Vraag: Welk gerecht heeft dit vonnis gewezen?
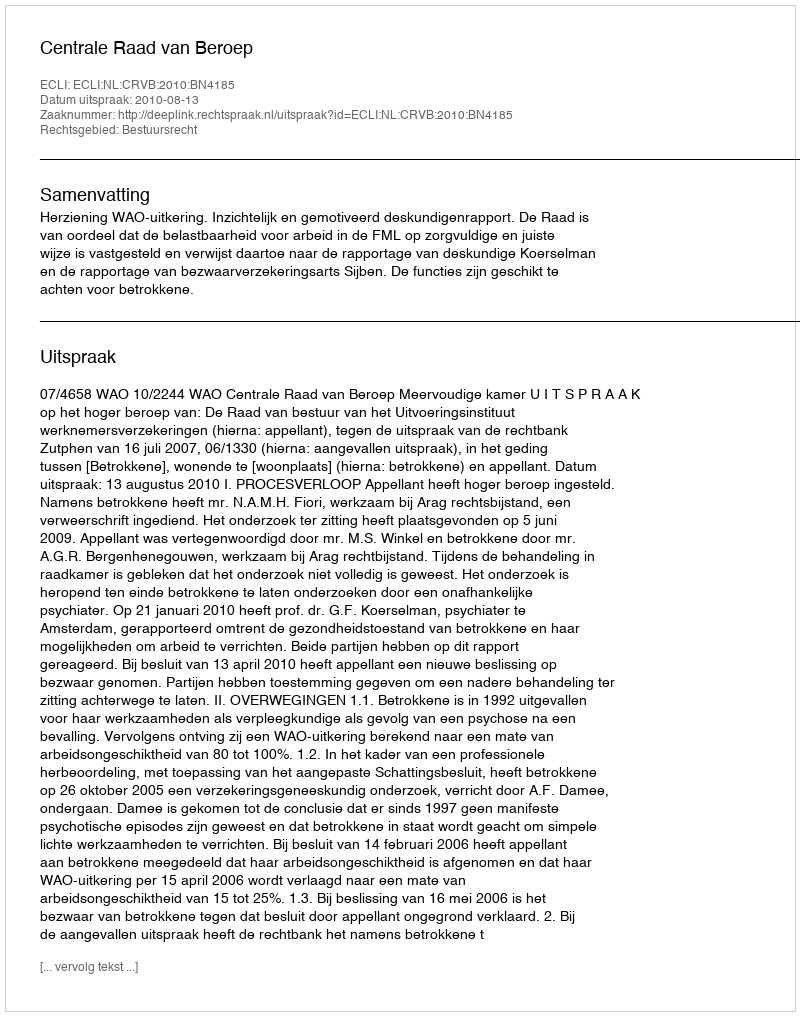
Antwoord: Centrale Raad van Beroep